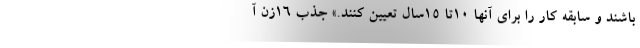
باشند و سابقه کار را برای آنها 10تا 15سال تعیین کنند.» جذب 16زن آ